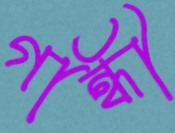
গান্ধী